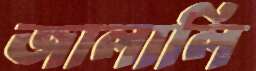
জালালি